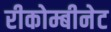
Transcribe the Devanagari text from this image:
रीकोम्बीनेट